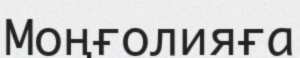
Моңғолияға